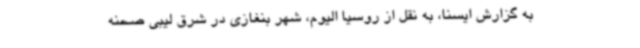
به گزارش ایسنا، به نقل از روسیا الیوم، شهر بنغازی در شرق لیبی صحنه